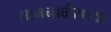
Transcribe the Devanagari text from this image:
सामनावीराच्या